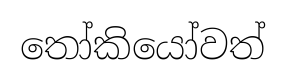
තෝකියෝවත්